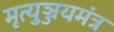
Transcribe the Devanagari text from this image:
मृत्युञ्जयमंत्र